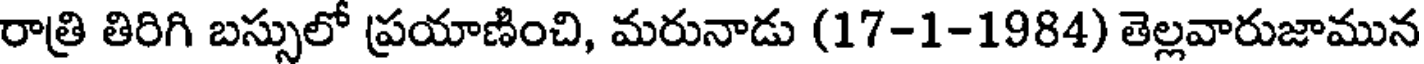
రాత్రి తిరిగి బస్సులో ప్రయాణించి, మరునాడు (17-1-1984) తెల్లవారుజామున